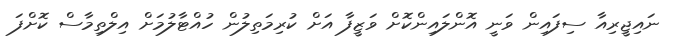
ނައިޖީރިއާ ސިފައިން ވަނީ އޮންލައިންކޮށް ވަޒީފާ އަށް ކުރިމަތިލުން ހުއްޓާލުމަށް އިލްތިމާސް ކޮށްފަ